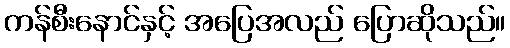
ကန်စီးနောင်နှင့် အပြေအလည် ပြောဆိုသည်။